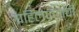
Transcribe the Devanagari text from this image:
पहिलेपणाची